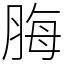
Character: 脢